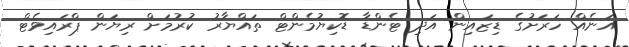
އަނެއް ހަރަށުގެ ޑިޒައިން އަދި ޓެންޑާ ޑޮކިޔުމެންޓް ތައްޔާރު ކުރުމަށް ރިޔަން ޕްރައިވެޓް